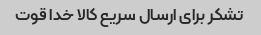
تشکر برای ارسال سریع کالا خدا قوت